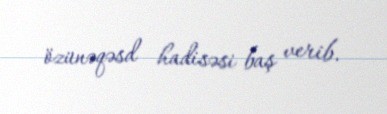
özünəqəsd hadisəsi baş verib.